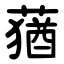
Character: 蕕